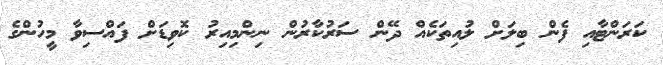
ކަރަންޓާއި ފެން ބިލަށް ލުއިތަކެއް ދޭން ސަރުކާރުން ނިންމިއިރު ކޮވިޑަށް ފައްސިވާ މީހުންގެ